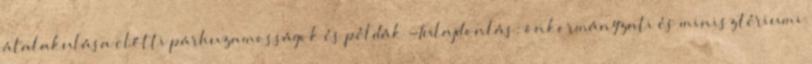
átalakulása előtti párhuzamosságok és példák -Tulajdonlás: önkormányzati és minisztériumi